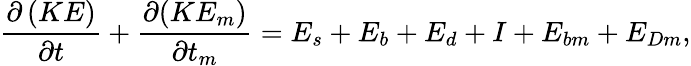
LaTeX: \frac{\partial\left(KE\right)}{\partial t}+\frac{\partial(KE_{m})}{\partial t_{m}}=E_{s}+E_{b}+E_{d}+I+E_{bm}+E_{Dm},